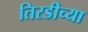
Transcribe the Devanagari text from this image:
तिरडीच्या